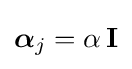
{\boldsymbol {\alpha }}_{j}=\alpha \,\mathbf {I}